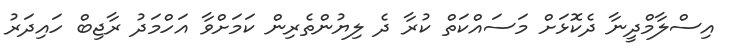
އިސްލާމްދީނާ ދެކޮޅަށް މަސައްކަތް ކުރާ ދެ ލިޔުންތެރިން ކަމަށްވާ އަހްމަދު ރާޖިބް ހައިދަރު